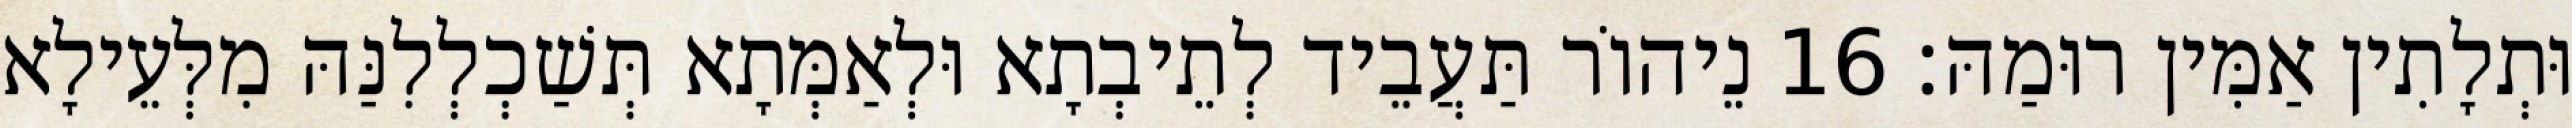
וּתְלָתִין אַמִּין רוּמַהּ׃ 16 נֵיהוֹר תַּעֲבֵיד לְתֵיבְתָא וּלְאַמְּתָא תְּשַׁכְלְלִנַּהּ מִלְּעֵילָא